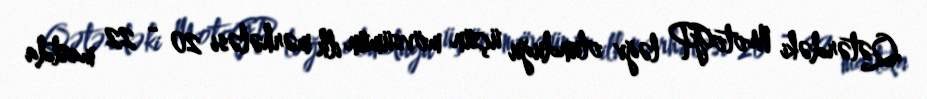
Qətərdəki MotoGP ləğv olunduğu üçün mövsümün ilk mərhələsi 20 - 22 martda